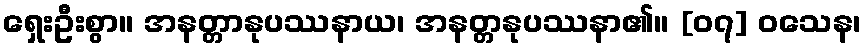
ရှေးဦးစွာ။ အနတ္တာနုပဿနာယ၊ အနတ္တနုပဿနာ၏။ [၀၇] ဝသေန၊